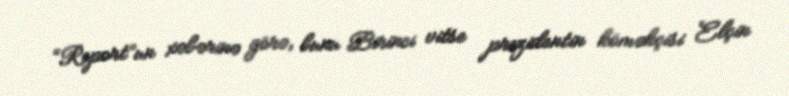
“Report”un xəbərinə görə, bunu Birinci vitse prezidentin köməkçisi Elçin